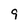
Character: 9